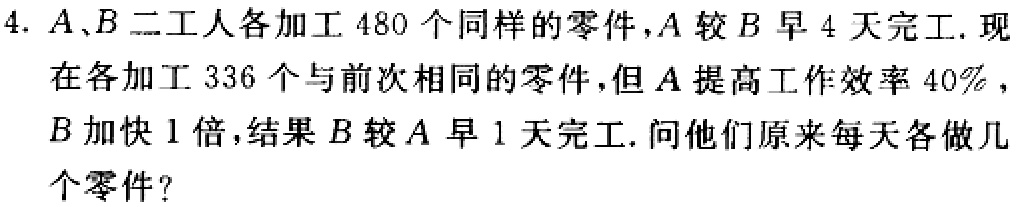
4. \(A、B\)二工人各加工 \(480\) 个同样的零件，\(A\)较\(B\)早 \(4\) 天完工. 现在各加工 \(336\) 个与前次相同的零件，但\(A\)提高工作效率 \(40\%\)，\(B\)加快 \(1\)倍，结果\(B\)较\(A\)早 \(1\) 天完工. 问他们原来每天各做几个零件？